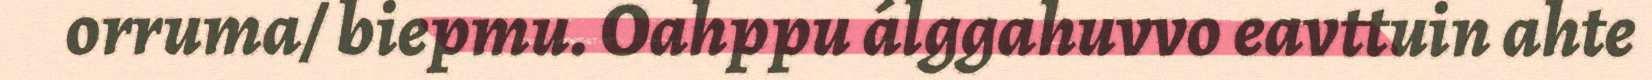
orruma/ biepmu. Oahppu álggahuvvo eavttuin ahte